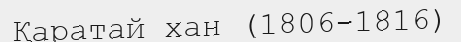
Қаратай хан (1806-1816)